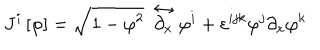
J ^ { i } \left[ \varphi \right] = \sqrt { 1 - \varphi ^ { 2 } } ~ \stackrel { \leftrightarrow } { \partial _ { x } } \varphi ^ { i } + \varepsilon ^ { i j k } \varphi ^ { j } \partial _ { x } \varphi ^ { k }